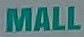
MALL